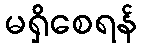
မရှိစေရန်